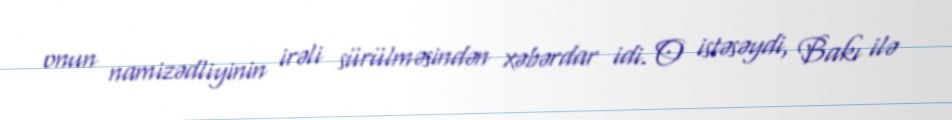
onun namizədliyinin irəli sürülməsindən xəbərdar idi. O istəsəydi, Bakı ilə